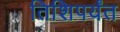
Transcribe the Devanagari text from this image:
तिशिपर्यंत